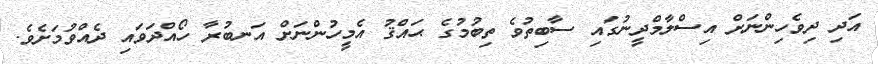
އަދި ދިވެހިންނަށް އިސްލާމްދީނުގައި ސާބިތުވެ ތިބުމުގެ ޙައްޤު އެމީހުންނަށް އަނބުރާ ހޯއްދަވައި ދެއްވުމަށެވެ.